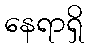
နေရာရှိ